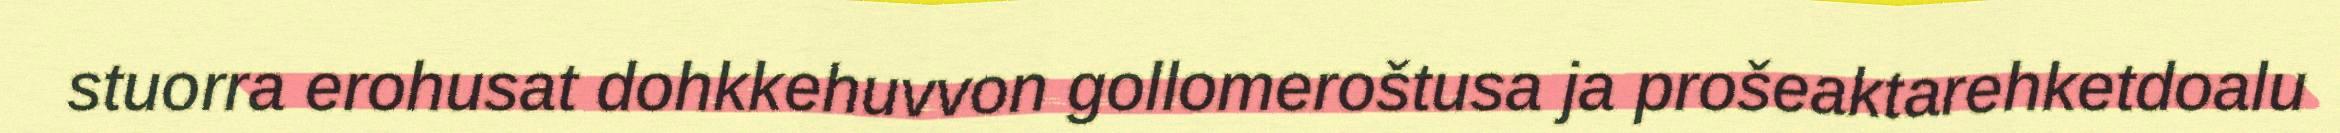
stuorra erohusat dohkkehuvvon gollomeroštusa ja prošeaktarehketdoalu